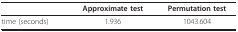
|  | Approximate test | Permutation test |
 | --- | --- | --- |
 | time (seconds) | 1.936 | 1043.604 |